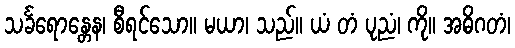
သင်္ခရောန္တေန၊ စီရင်သော။ မယာ၊ သည်။ ယံ တံ ပုညံ၊ ကို။ အဓိဂတံ၊